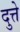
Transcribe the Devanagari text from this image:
दुत्ते